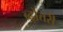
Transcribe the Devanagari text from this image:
ब्ढ़ोत्तरी